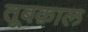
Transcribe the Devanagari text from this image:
तूबक़ाल